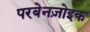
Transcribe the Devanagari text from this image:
परबेनज़ोइक